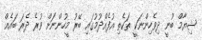
ޝިޔާމް ބުނީ ދިވެހިންނަކީ ތަކެތި އުފެއްދުމުގައި ބޭރު މީހުންނަށް ވުރެ ދެރަ ބައެއް